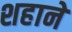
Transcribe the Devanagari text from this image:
शहानें